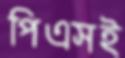
পিএসই